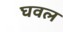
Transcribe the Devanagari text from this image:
घवल